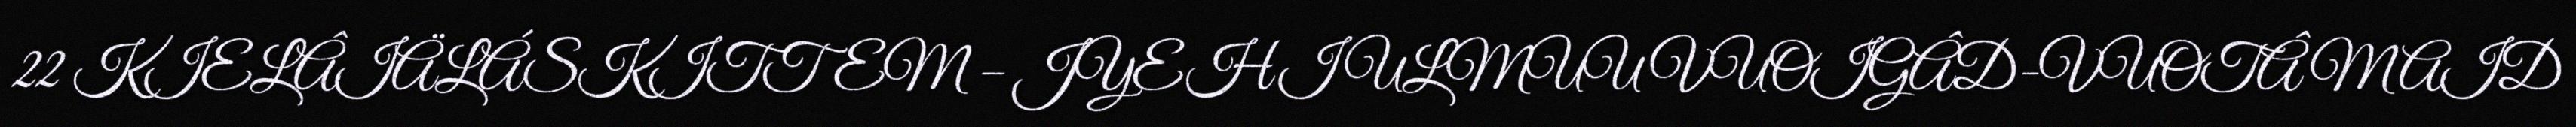
22 KIELÂIÄLÁSKITTEM – JYEHI ULMUU VUOIGÂD-VUOTÂ MAID